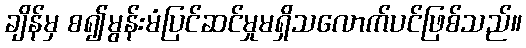
ချိန်မှ စ၍မွန်းမံပြင်ဆင်မှုမရှိသလောက်ပင်ဖြစ်သည်။